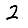
Digit: 2